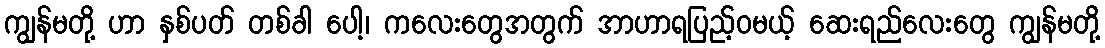
ကျွန်မတို့ ဟာ နှစ်ပတ် တစ်ခါ ပေါ့၊ ကလေးတွေအတွက် အာဟာရပြည့်ဝမယ့် ဆေးရည်လေးတွေ ကျွန်မတို့